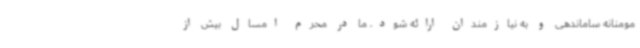
مومنانه ساماندهی و به نیازمندان ارائه شود، ما در محرم امسال بیش از